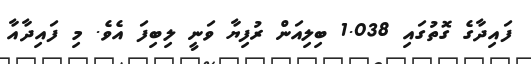
ފައިދާގެ ގޮތުގައި 1.038 ބިލިއަން ރުފިޔާ ވަނީ ލިބިފަ އެވެ. މި ފައިދާއާ